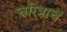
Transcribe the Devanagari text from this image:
चरित्राचं